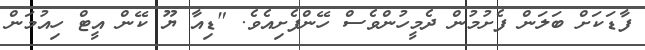
ފާޑަކަށް ބަލަން ފެށުމުން ދެމީހުންވެސް ހޭންފެށިއެވެ. "ޑިއާ ޔޫ ކޭން އީޓް ހިއުމަން